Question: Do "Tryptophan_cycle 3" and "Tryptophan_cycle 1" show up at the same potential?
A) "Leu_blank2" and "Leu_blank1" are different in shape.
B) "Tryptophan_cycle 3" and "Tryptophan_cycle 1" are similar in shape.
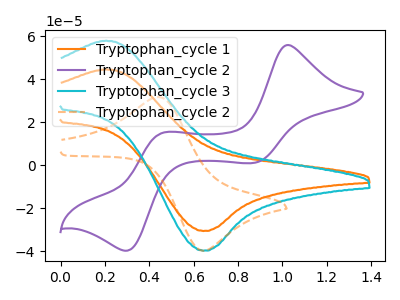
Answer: <think>The orange curve "Tryptophan_cycle 1" has an anodic peak at (0.20V, 44.60uA) and a cathodic peak at (0.65V, -30.60uA). The purple curve "Tryptophan_cycle 2" has anodic peaks at (1.05V, 55.95uA) (0.45V, 15.10uA) and cathodic peaks at (0.85V, 1.15uA) (0.30V, -39.80uA). The cyan curve "Tryptophan_cycle 3" has an anodic peak at (0.20V, 57.95uA) and a cathodic peak at (0.65V, -39.75uA). The orange dashed curve "Tryptophan_cycle 2" has an anodic peak at (0.45V, 31.75uA) and a cathodic peak at (0.65V, -39.65uA).
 All the peaks in "Tryptophan_cycle 3" have a peak in "Tryptophan_cycle 1" at the same potential. Every peak in "Tryptophan_cycle 3" is higher than every peak in "Tryptophan_cycle 1".</think>
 <answer>B) "Tryptophan_cycle 3" and "Tryptophan_cycle 1" are similar in shape.</answer>
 <eval>B</eval>